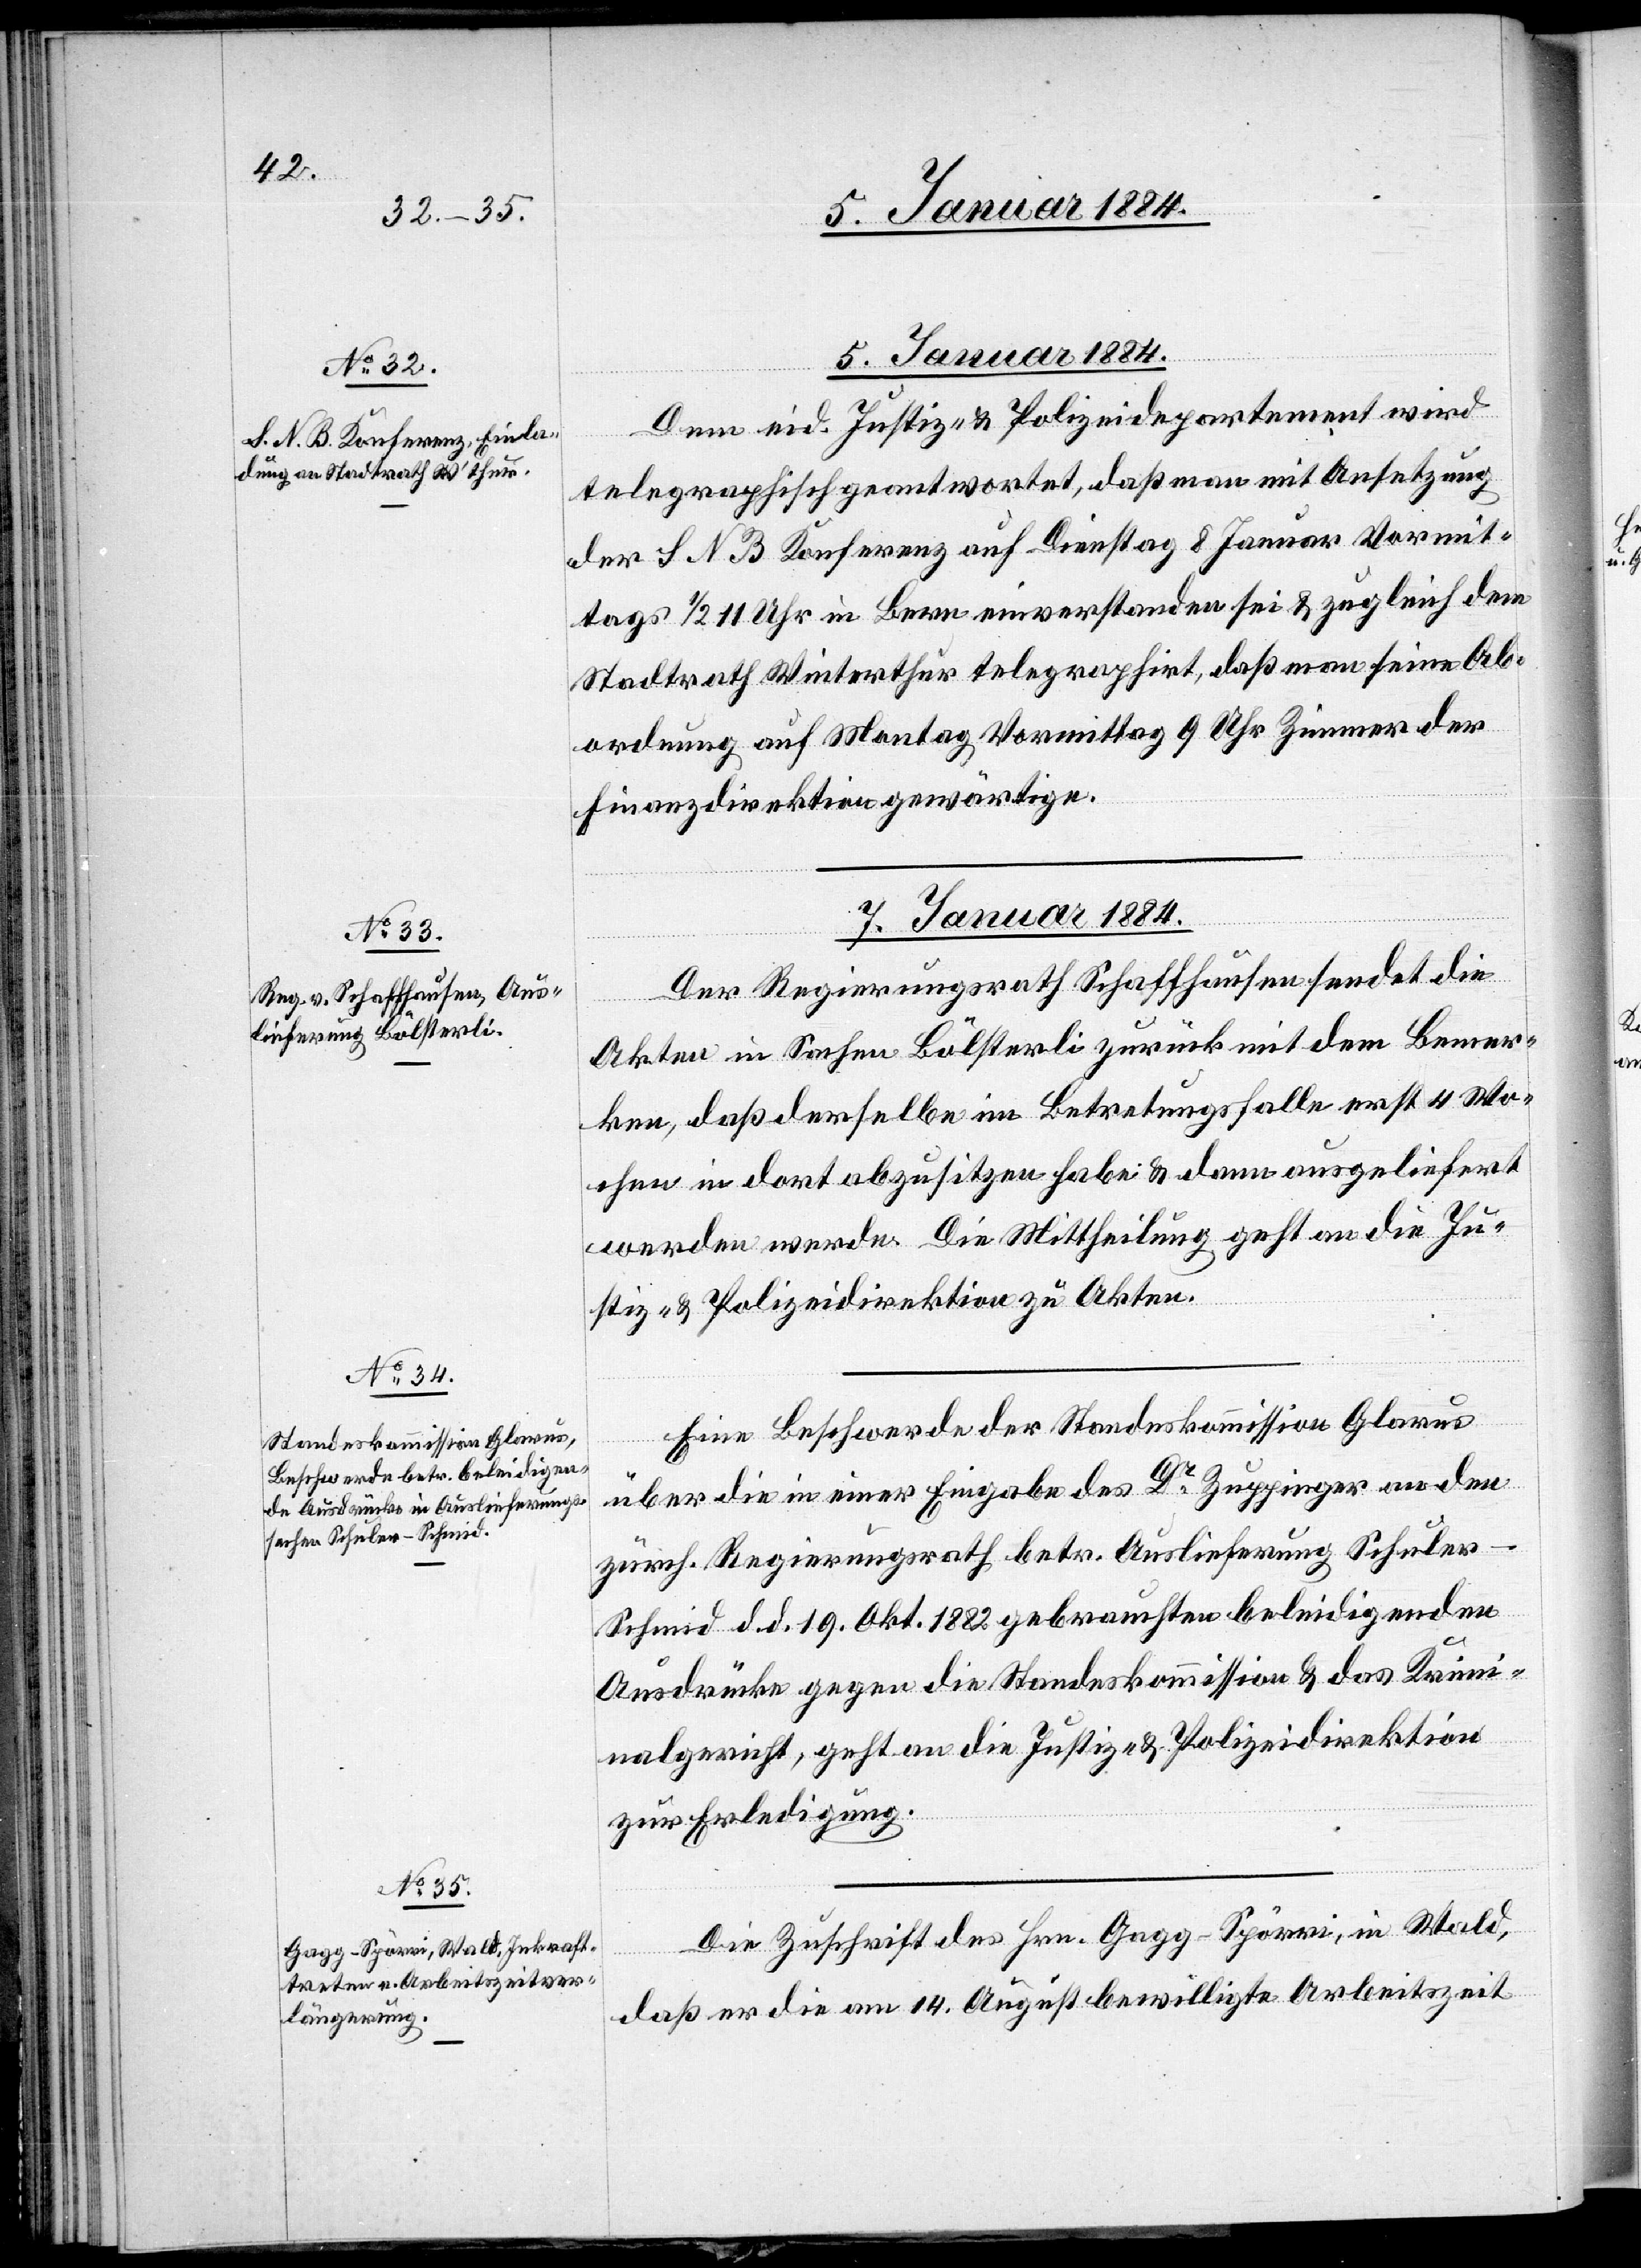
5. Januar 1884.
Dem eid. Justiz- & Polizeidepartement wird
telegraphisch geantwortet, daß man mit Ansetzung
der S. N. B. Konferenz auf Dienstag 8. Januar Vormit¬
tags 1/2 11 Uhr in Bern einverstanden sei & zugleich dem
Stadtrath Winterthur telegraphirt, daß man seine Ab¬
ordnung auf Montag Vormittag 9 Uhr Zimmer der
Finanzdirektion gewärtige.
7. Januar 1884.]
Der Regierungsrath Schaffhausen sendet die
Akten in Sachen Bölsterli zurück mit dem Bemer¬
ken, daß derselbe im Betretungsfalle erst 4 Wo¬
chen in dort abzusitzen habe & dann ausgeliefert
werden werde [sic!]. Die Mittheilung geht an die Ju¬
stiz- & Polizeidirektion zu Akten.
Eine Beschwerde der Standeskommission Glarus
über die in einer Eingabe des Dr. Zuppinger an den
zürch. Regierungsrath betr. Auslieferung Schule¬
r-Schmid d. d. 19. Okt. 1882 gebrauchten beleidigenden
Ausrücke gegen die Standeskommission & das Krimi¬
nalgericht, geht an die Justiz- & Polizeidirektion
zur Erledigung.
Die Zuschrift des Hrn. Gagg-Spörri, in Wald,
daß er die am 14. August bewilligte Arbeitszeit